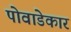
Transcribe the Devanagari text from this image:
पोवाडेकार